Annual report of the Bengal Veterinary College and of the Civil Veterinary Department, Bengal, for the year 1909-1910 - 1909-1910
Year: 1909
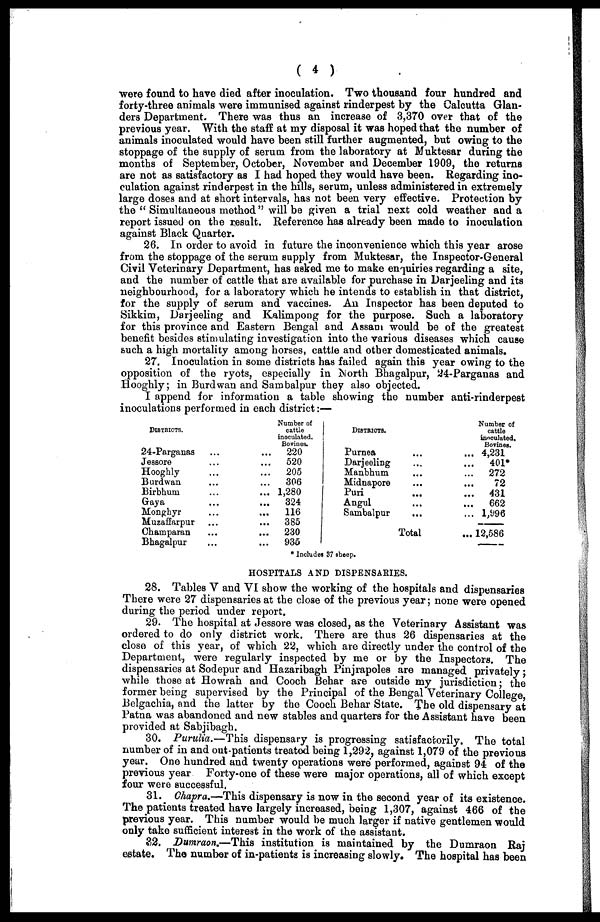
( 4 )
were found to have died after inoculation. Two thousand four hundred and
forty-three animals were immunised against rinderpest by the Calcutta Glan-
ders Department. There was thus an increase of 3,370 over that of the
previous year. With the staff at my disposal it was hoped that the number of
animals inoculated would have been still further augmented, but owing to the
stoppage of the supply of serum from the laboratory at Muktesar during the
months of September, October, November and December 1909, the returns
are not as satisfactory as I had hoped they would have been. Regarding ino-
culation against rinderpest in the hills, serum, unless administered in extremely
large doses and at short intervals, has not been very effective. Protection by
the " Simultaneous method" will be given a trial next cold weather and a
report issued on the result. Reference has already been made to inoculation
against Black Quarter.
26. In order to avoid in future the inconvenience which this year arose
from the stoppage of the serum supply from Muktesar, the Inspector-General
Civil Veterinary Department, has asked me to make enquiries regarding a site,
and the number of cattle that are available for purchase in Darjeeling and its
neighbourhood, for a laboratory which he intends to establish in that district,
for the supply of serum and vaccines. An Inspector has been deputed to
Sikkim, Darjeeling and Kalimpong for the purpose. Such a laboratory
for this province and Eastern Bengal and Assam would be of the greatest
benefit besides stimulating investigation into the various diseases which cause
such a high mortality among horses, cattle and other domesticated animals.
27. Inoculation in some districts has failed again this year owing to the
opposition of the ryots, especially in North Bhagalpur, 24-Parganas and
Hooghly; in Burdwan and Sambalpur they also objected.
I append for information a table showing the number anti-rinderpest
inoculations performed in each district:—
DISTRICTS.
24-Parganas
Jeseore
Hooghly
Burdwan
Birbhum
Gaya
Monghyr
Muzaffarpur
Champaran
Bhagalpur
...
...
...
...
...
...
...
...
...
...
...
...
...
...
...
...
...
...
...
...
Number of
cattle
inoculated.
Bovines.
220
520
205
306
1,280
324
116
385
230
935
DISTRICTS.
Purnea
Darjeeling
Manbhum
Midnapore
Puri
Angul
Sambalpur
...
...
...
...
...
...
...
Total
...
...
...
...
...
...
...
...
Number of
cattle
inoculated.
Bovines.
4,231
401*
272
72
431
662
1,996
12,586
* Includes 87 sheep.
HOSPITALS AND DISPENSARIES.
28. Tables V and VI show the working of the hospitals and dispensaries
There were 27 dispensaries at the close of the previous year; none were opened
during the period under report.
29. The hospital at Jessore was closed, as the Veterinary Assistant was
ordered to do only district work. There are thus 26 dispensaries at the
close of this year, of which 22, which are directly under the control of the
Department, were regularly inspected by me or by the Inspectors. The
dispensaries at Sodepur and Hazaribagh Pinjrapoles are managed privately;
while those at Howrah and Cooch Behar are outside my jurisdiction; the
former being supervised by the Principal of the Bengal Veterinary College,
Belgachia, and the latter by the Cooch Behar State. The old dispensary at
Patna was abandoned and new stables and quarters for the Assistant have been
provided at Sabjibagh.
30. Purulia.—This dispensary is progressing satisfactorily. The total
number of in and out-patients treated being 1,292, against 1,079 of the previous
year. One hundred and twenty operations were performed, against 94 of the
previous year Forty-one of these were major operations, all of which except
four were successful.
31. Chapra.—This dispensary is now in the second year of its existence.
The patients treated have largely increased, being 1,307, against 466 of the
previous year. This number would be much larger if native gentlemen would
only take sufficient interest in the work of the assistant.
32. Dumraon.—This institution is maintained by the Dumraon Raj
estate. The number of in-patients is increasing slowly. The hospital has been